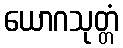
ယောဂသုတ္တံ